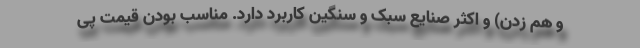
و هم زدن) و اکثر صنایع سبک و سنگین کاربرد دارد. مناسب بودن قیمت پی